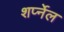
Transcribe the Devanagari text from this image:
शर्प्नेल